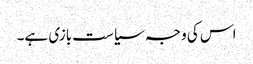
اس کی وجہ سیاست بازی ہے۔